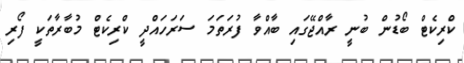
ކްރިކެޓް ބޯޑުން ބުނީ ރާއްޖޭގައި ބާއްވާ ފުރަތަމަ ސަރަހައްދީ ކްރިކެޓް މުބާރާތަކީ ފޯރި